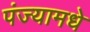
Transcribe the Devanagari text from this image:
पंज्यामधे